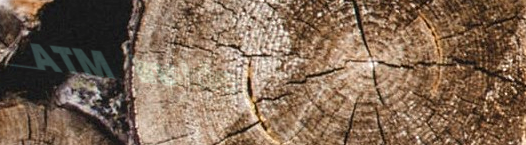
ATM Inside